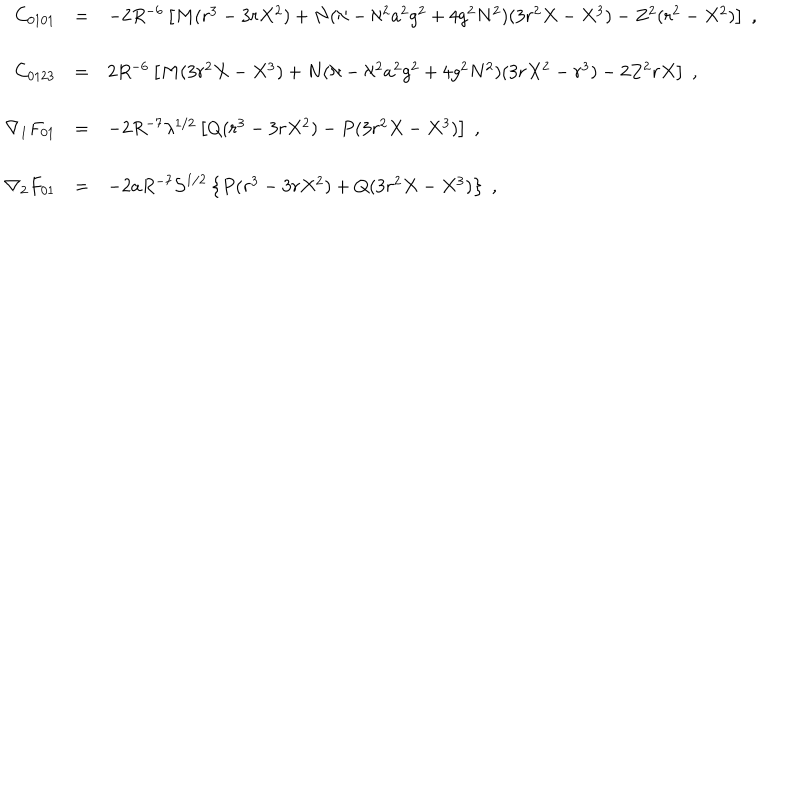
LaTeX: \begin{array} { r c l } { { C _ { 0 1 0 1 } } } & { { = } } & { { - 2 R ^ { - 6 } \left[ M ( r ^ { 3 } - 3 r X ^ { 2 } ) + N ( \aleph - \aleph ^ { 2 } a ^ { 2 } g ^ { 2 } + 4 g ^ { 2 } N ^ { 2 } ) ( 3 r ^ { 2 } X - X ^ { 3 } ) - Z ^ { 2 } ( r ^ { 2 } - X ^ { 2 } ) \right] \; , } } \\ { { } } & { { } } & { { } } \\ { { C _ { 0 1 2 3 } } } & { { = } } & { { 2 R ^ { - 6 } \left[ M ( 3 r ^ { 2 } X - X ^ { 3 } ) + N ( \aleph - \aleph ^ { 2 } a ^ { 2 } g ^ { 2 } + 4 g ^ { 2 } N ^ { 2 } ) ( 3 r X ^ { 2 } - r ^ { 3 } ) - 2 Z ^ { 2 } r X \right] \; , } } \\ { { } } & { { } } & { { } } \\ { { \nabla _ { 1 } F _ { 0 1 } } } & { { = } } & { { - 2 R ^ { - 7 } \lambda ^ { 1 / 2 } \left[ Q ( r ^ { 3 } - 3 r X ^ { 2 } ) - P ( 3 r ^ { 2 } X - X ^ { 3 } ) \right] \; , } } \\ { { } } & { { } } & { { } } \\ { { \nabla _ { 2 } F _ { 0 1 } } } & { { = } } & { { - 2 a R ^ { - 7 } { \cal S } ^ { 1 / 2 } \left\{ P ( r ^ { 3 } - 3 r X ^ { 2 } ) + Q ( 3 r ^ { 2 } X - X ^ { 3 } ) \right\} \; , } } \\ \end{array}